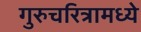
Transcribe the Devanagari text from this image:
गुरुचरित्रामध्ये